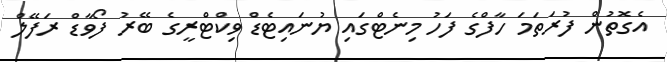
އެގޮތުން ފުރަތަމަ ހާފްގެ ފަހު މިނެޓްގައި ޔުނައިޓެޑް ވިކްޓްރީގެ ބޭރު ފޯވާޑް ރަފޭލް